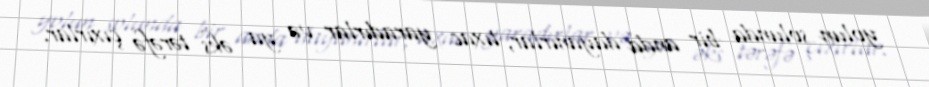
yolun solunda bir anda dayanırlar, tıxac yaradırlar və ya əks tərəfə çıxırlar.